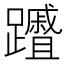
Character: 𮜦